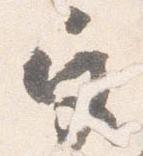
宮